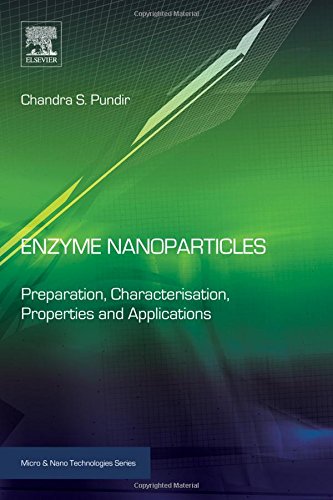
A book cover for Enzyme Nanoparticles: Preparation, Characterisation, Properties and Applications (Micro and Nano Technologies); Chandra S. Pundir; Medical Books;